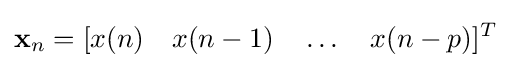
\mathbf {x} _{n}=[x(n)\quad x(n-1)\quad \ldots \quad x(n-p)]^{T}